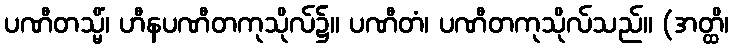
ပဏီတသ္မိံ၊ ဟီနပဏီတကုသိုလ်၌။ ပဏီတံ၊ ပဏီတကုသိုလ်သည်။ (အတ္ထိ၊